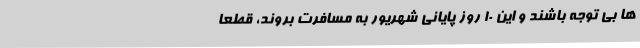
ها بی توجه باشند و این 10 روز پایانی شهریور به مسافرت بروند، قطعا